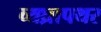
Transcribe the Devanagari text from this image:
व्यघ्रापथर